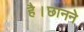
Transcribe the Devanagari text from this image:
है।छानने